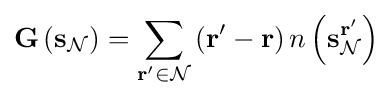
\mathbf {G} \left(\mathbf {s} _{\mathcal {N}}\right)=\sum _{\mathbf {r} '\in {\mathcal {N}}}\left(\mathbf {r} '-\mathbf {r} \right)n\left(\mathbf {s} _{\mathcal {N}}^{\mathbf {r} '}\right)